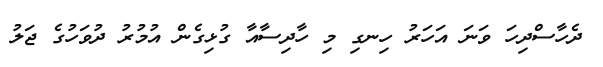
ދެހާސްދިހަ ވަނަ އަހަރު ހިނގި މި ހާދިސާއާ ގުޅިގެން އުމުރު ދުވަހުގެ ޖަލު